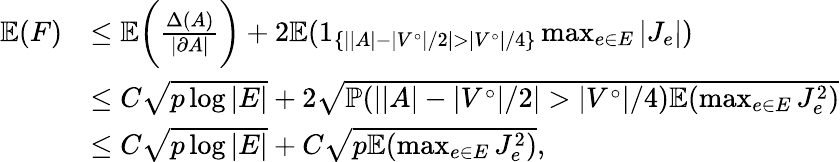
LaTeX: \begin{array}{rl}{\mathbb{E}(F)}&{\le\mathbb{E}\biggl(\frac{\Delta(A)}{|\partial A|}\biggr)+2\mathbb{E}(1_{\{ ||A|-|V^{\circ}|/2|>|V^{\circ}|/4\} }\operatorname*{max}_{e\in E}|J_{e}|)}\\ &{\le C\sqrt{p\log|E|}+2\sqrt{\mathbb{P}(||A|-|V^{\circ}|/2|>|V^{\circ}|/4)\mathbb{E}(\operatorname*{max}_{e\in E}J_{e}^{2})}}\\ &{\le C\sqrt{p\log|E|}+C\sqrt{p\mathbb{E}(\operatorname*{max}_{e\in E}J_{e}^{2})},}\end{array}